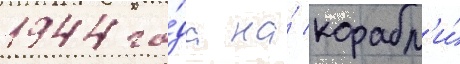
1944 го́да на́ корабл'и́